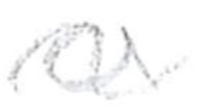
Text: a
Cross-out: wave
Writing tool: pencil